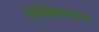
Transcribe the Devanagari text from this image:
निष्क्रियावस्था